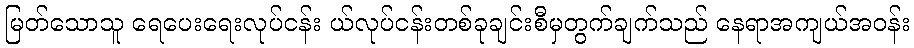
မြတ်သောသူ ရေပေးရေးလုပ်ငန်း ယ်လုပ်ငန်းတစ်ခုချင်းစီမှတွက်ချက်သည် နေရာအကျယ်အဝန်း